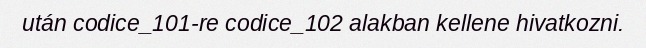
után codice_101-re codice_102 alakban kellene hivatkozni.